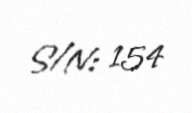
S/N: 154